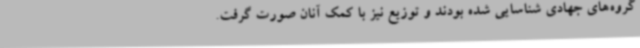
گروه‌های جهادی شناسایی شده بودند و توزیع نیز با کمک آنان صورت گرفت.